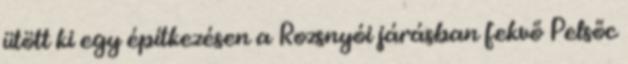
ütött ki egy építkezésen a Rozsnyói járásban fekvő Pelsőc